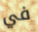
في